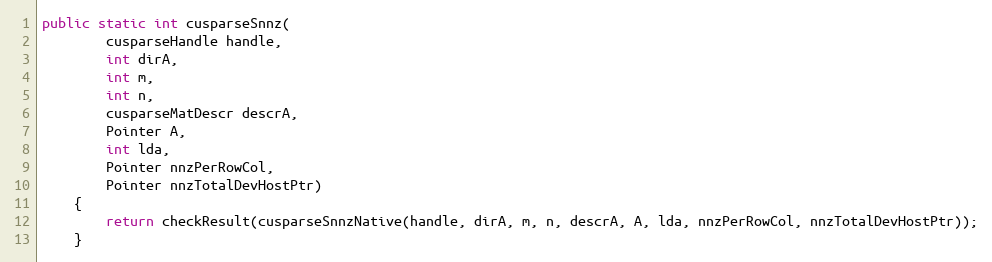
Language: Java
public static int cusparseSnnz(
        cusparseHandle handle,
        int dirA,
        int m,
        int n,
        cusparseMatDescr descrA,
        Pointer A,
        int lda,
        Pointer nnzPerRowCol,
        Pointer nnzTotalDevHostPtr)
    {
        return checkResult(cusparseSnnzNative(handle, dirA, m, n, descrA, A, lda, nnzPerRowCol, nnzTotalDevHostPtr));
    }